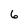
Character: 6